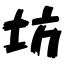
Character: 坊